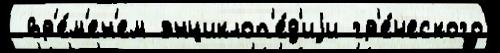
 вр'е́м'ен'ем энциклоп'е́д'иjи гр'е́ческого